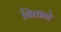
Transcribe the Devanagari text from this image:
बिताने